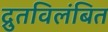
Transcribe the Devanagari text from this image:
द्रुतविलंबित